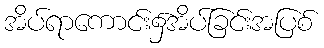
အိပ်ရာကောင်း၌အိပ်ခြင်းအပြစ်